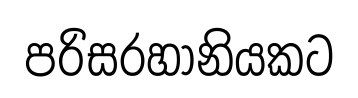
පරිසරහානියකට